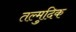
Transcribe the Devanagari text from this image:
तल्मुदिक